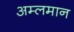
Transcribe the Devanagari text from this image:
अम्लमान